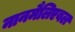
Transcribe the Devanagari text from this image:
नानमैलिएबल